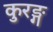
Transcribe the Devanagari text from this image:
कुरङ्ग